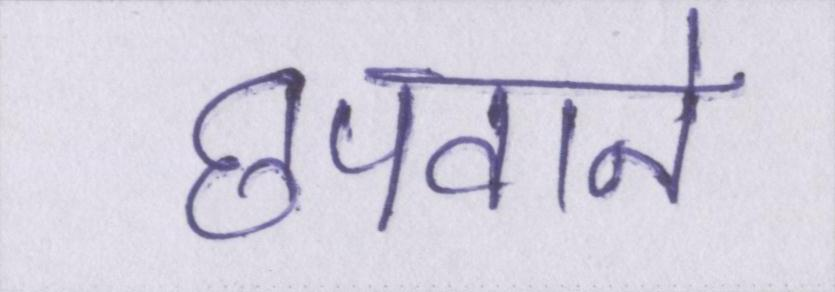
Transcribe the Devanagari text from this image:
छपवाने